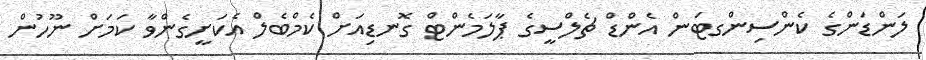
ލަންޑަންގެ ކެންސިންގޓަން އެންޑް ޗެލްސީގެ ޕާލަމެންޓް ގޮނޑިއަށް ކެމްބެލް އެކަށީގެންވާ ކަމަށް ނޫހުން